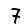
Digit: 7